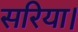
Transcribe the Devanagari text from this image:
सरिया।